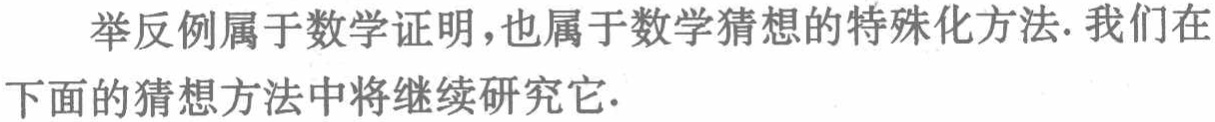
举反例属于数学证明，也属于数学猜想的特殊化方法. 我们在下面的猜想方法中将继续研究它.